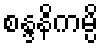
စန္ဒနိကမ္ပိ